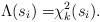
LaTeX: \begin{align*}\Lambda(s_i) =& \chi^2_k(s_i).\end{align*}